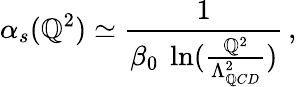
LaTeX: \alpha_{s}(\mathbb{Q}^{2})\simeq\frac{{1}}{{\beta_{0}~\ln(\frac{{\mathbb{Q}^{2}}}{{\Lambda_{\mathbb{Q}CD}^{2}}})}}\, ,